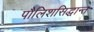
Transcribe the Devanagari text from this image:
पौलिशसिद्धान्त